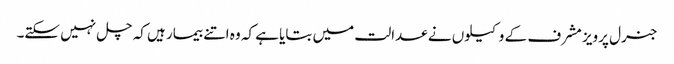
جنرل پرویز مشرف کے وکیلوں نے عدالت میں بتایا ہے کہ وہ اتنے بیمار ہیں کہ چل نہیں سکتے۔